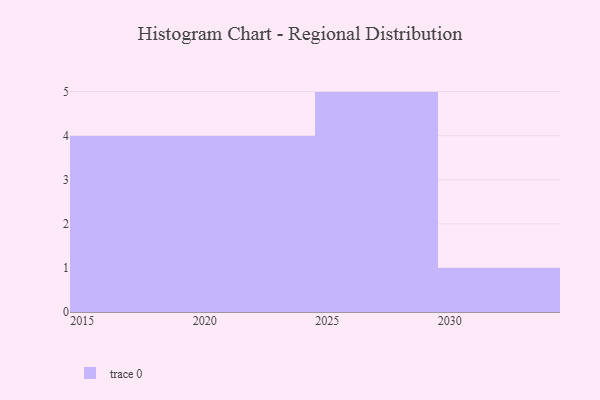
{"axis": {"x": "Year", "y": "Budget (USD K)"}, "legend": [""], "data": [{"x": "2024", "y": 26, "type": ""}, {"x": "2023", "y": 28, "type": ""}, {"x": "2018", "y": 60, "type": ""}, {"x": "2025", "y": 28, "type": ""}, {"x": "2019", "y": 37, "type": ""}, {"x": "2029", "y": 35, "type": ""}, {"x": "2030", "y": 2, "type": ""}, {"x": "2020", "y": 53, "type": ""}, {"x": "2026", "y": 44, "type": ""}, {"x": "2028", "y": 3, "type": ""}, {"x": "2017", "y": 82, "type": ""}, {"x": "2027", "y": 28, "type": ""}, {"x": "2016", "y": 12, "type": ""}, {"x": "2021", "y": 43, "type": ""}]}